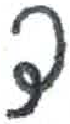
אות: ד